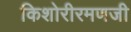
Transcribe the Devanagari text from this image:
किशोरीरमणजी